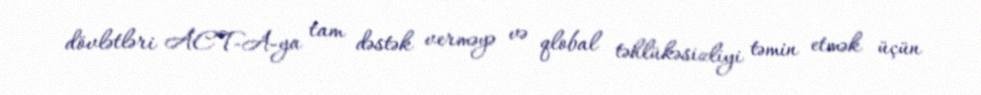
dövlətləri ACT-A-ya tam dəstək verməyə və qlobal təhlükəsizliyi təmin etmək üçün